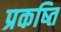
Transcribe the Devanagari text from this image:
प्रकष्ति